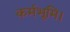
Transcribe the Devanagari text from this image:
कर्मभूमि।